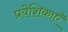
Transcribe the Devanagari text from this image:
प्रवेशिकाएँ